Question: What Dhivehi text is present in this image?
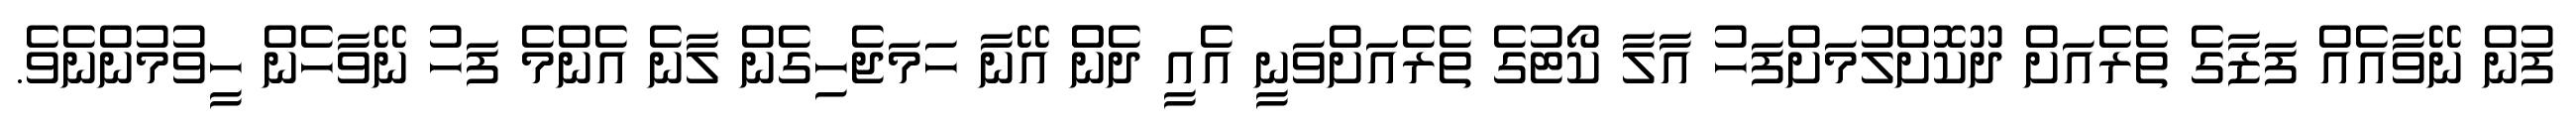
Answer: ފުން ނޭވާއެއް ފަޒާގެ ތެރެއަށް ދޫކޮށްލުމަށްފަހު އާލާ ކޯޓުގެ ތެރެއަށްވަނީ އެއީ ދެންް އޭނާ ހަމަޖެހިގެން ލާނެ އެންމެ ފަހު ނޭވާހެން ހީވުމުންނެވެ.